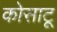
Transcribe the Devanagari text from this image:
कोसाटू